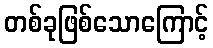
တစ်ခုဖြစ်သောကြောင့်